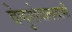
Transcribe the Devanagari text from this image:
वेणुगोपालस्‍वामी